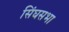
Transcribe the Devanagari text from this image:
सिंघसभा